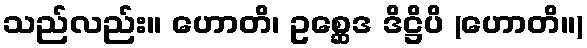
သည်လည်း။ ဟောတိ၊ ဥစ္ဆေဒ ဒိဋ္ဌိပိ (ဟောတိ။)